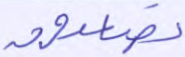
تصعدون